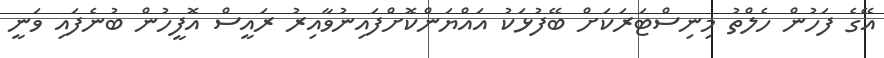
އޭގެ ފަހުން ހެލްތު މިނިސްޓަރަކަށް ބޭފުޅަކު އައްޔަންކޮށްފައިނުވާއިރު ރައީސް އޮފީހުން ބުނެފައި ވަނީ